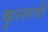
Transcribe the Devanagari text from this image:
कुलस्त्री